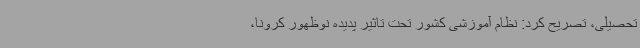
تحصیلی، تصریح کرد: نظام آموزشی کشور تحت تاثیر پدیده نوظهور کرونا،